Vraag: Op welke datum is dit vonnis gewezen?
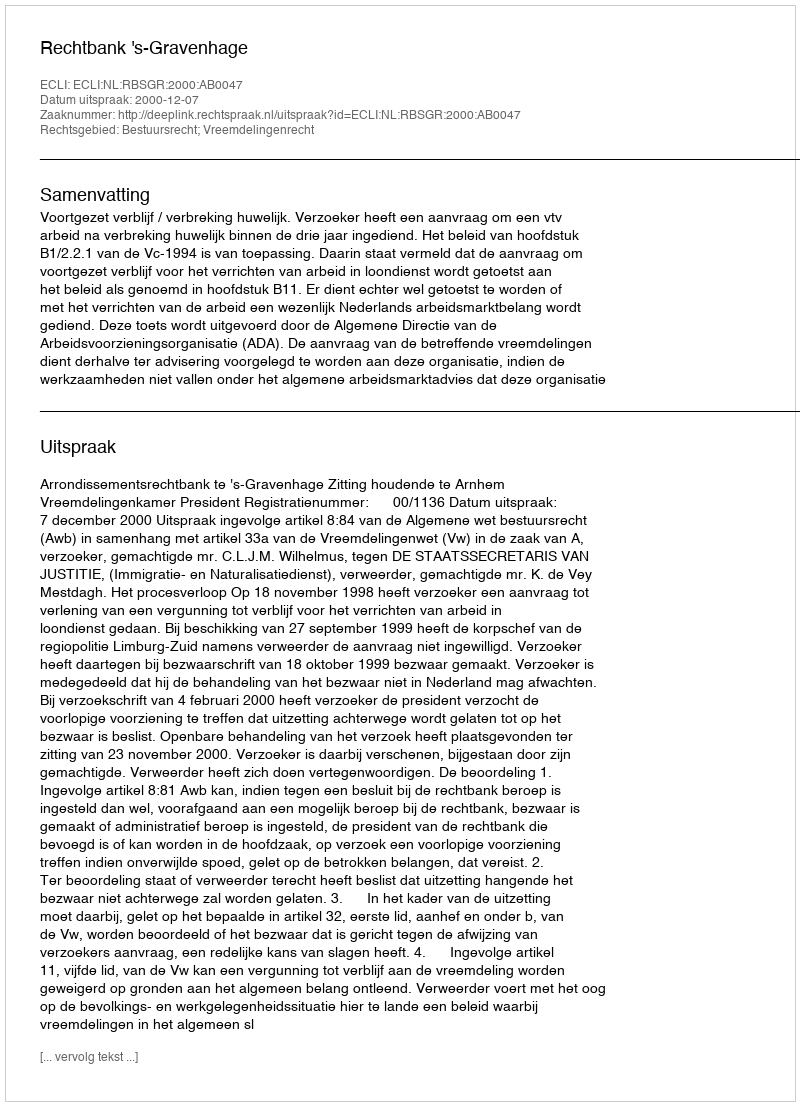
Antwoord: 2000-12-07